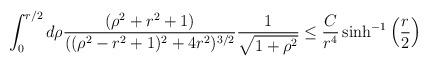
LaTeX: \begin{align*} \int_{0}^{r/2}d\rho \frac{(\rho^{2}+r^{2}+1)}{((\rho^{2}-r^{2}+1)^{2}+4r^{2})^{3/2}} \frac{1}{\sqrt{1+\rho^{2}}} \leq \frac{C}{r^{4}} \sinh^{-1}\left(\frac{r}{2}\right)\end{align*}